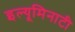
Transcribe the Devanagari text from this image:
इल्यूमिनाटी